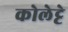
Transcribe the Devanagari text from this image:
कोलेट्टे